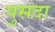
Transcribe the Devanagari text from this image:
पुसदा